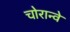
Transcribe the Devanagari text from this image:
चोरान्वे